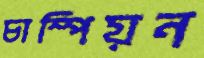
চাম্পিয়ন